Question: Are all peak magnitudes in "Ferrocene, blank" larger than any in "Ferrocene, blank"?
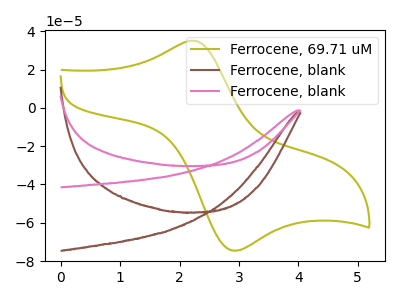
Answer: <think>The olive curve "Ferrocene, 69.71 uM" has an anodic peak at (2.25V, 35.05uA) and a cathodic peak at (2.90V, -74.55uA). The brown curve "Ferrocene, blank" has no peaks. The pink curve "Ferrocene, blank" has no peaks.</think>
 <answer>Niether CV has any peaks.</answer>
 <eval>blanks</eval>